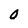
Character: 0